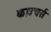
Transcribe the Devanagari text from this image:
काउचर्स